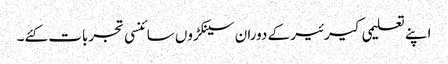
اپنے تعلیمی کیرئیر کے دوران سینکڑوں سائنسی تجربات کئے۔